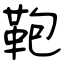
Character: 鞄